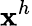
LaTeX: \mathbf{x}^{h}